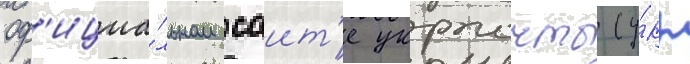
оф'ициа́льном саит'е укрпочты (у́кр